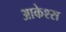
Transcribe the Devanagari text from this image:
आकेश्स